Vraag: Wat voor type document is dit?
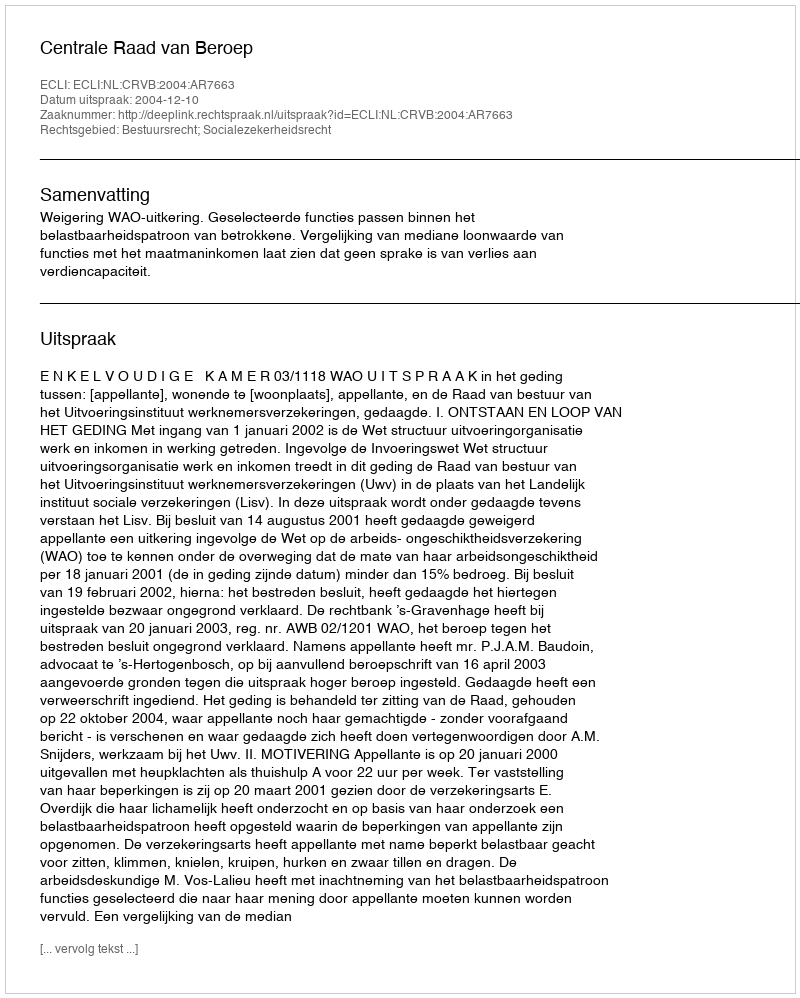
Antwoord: Uitspraak